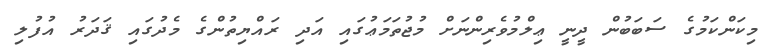
މިކަންކަމުގެ ސަބަބުން ދީނީ ޢިލްމުވެރިންނަށް މުޖުތަމަޢުގައި އަދި ރައްޔިތުންގެ މެދުގައި ޤަދަރު އުފުލި